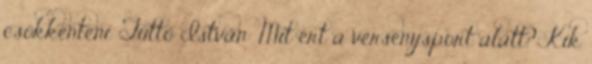
csökkenteni. Tüttő István: Mit ért a versenysport alatt? Kik